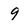
Character: 9